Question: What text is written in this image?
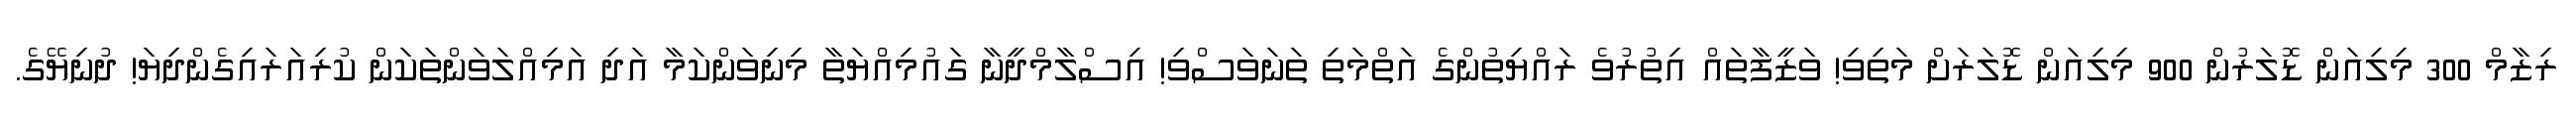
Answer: ރިޒާމް 300 މިލިއަން ޑޮލަރުން 900 މިލިއަން ޑޮލަރަށް މަތިވި! ވަޒީފާތައް އިތުރުވެ ރައްޔިތުންގެ އަތްމަތި ތަނަވަސްވި! އިސްލާމްދީނާ ގައުމިއްޔަތާ މިނިވަންކަމާ އަދި އަމިއްލަވަންތަކަން ކުރިއަރައިގެންދިޔަ! ދުނިޔޭގެ.